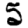
Digit: 5